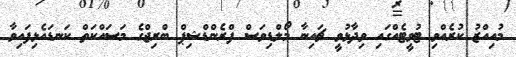
މުއިއްޒު ކުރެއްވި ޓުވީޓެއްގައި ވިދާޅުވީ ޗައިނާ މޯލްޑިވަސް ފްރެންޑްޝިޕް ބްރިޖްގެ މަސައްކަތް ކަނޑައެޅިފައިވާ